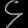
Digit: ၄